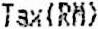
TAX(RM)